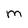
Character: M